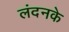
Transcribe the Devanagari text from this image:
लंदनके